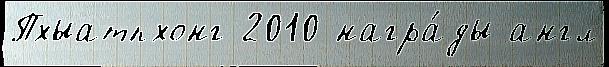
Пхыатпхонг 2010 награ́ды англ